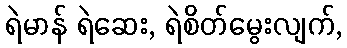
ရဲမာန် ရဲဆေး, ရဲစိတ်မွေးလျက်,